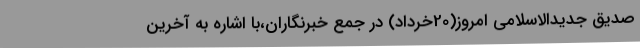
صدیق جدیدالاسلامی امروز(20خرداد) در جمع خبرنگاران،با اشاره به آخرین